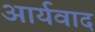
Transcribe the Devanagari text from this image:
आर्यवाद